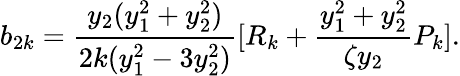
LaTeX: b_{2k}=\frac{y_{2}(y_{1}^{2}+y_{2}^{2})}{2k(y_{1}^{2}-3y_{2}^{2})}[R_{k}+\frac{y_{1}^{2}+y_{2}^{2}}{\zeta y_{2}}P_{k}].